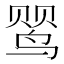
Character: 𬸕